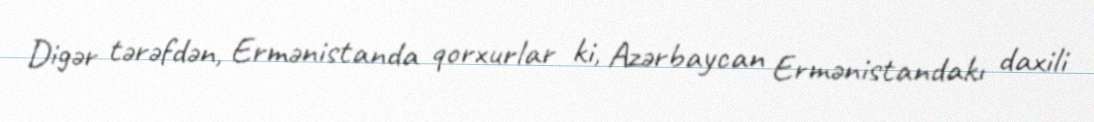
Digər tərəfdən, Ermənistanda qorxurlar ki, Azərbaycan Ermənistandakı daxili